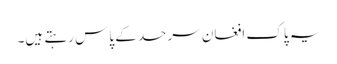
یہ پاک افغان سرحد کے پاس رہتے ہیں۔